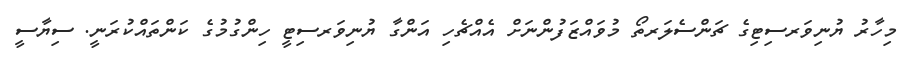
މިހާރު ޔުނިވަރސިޓިގެ ޗަންސެލަރތޯ މުވައްޒަފުންނަށް އެއްޗެހި އަންގާ ޔުނިވަރސިޓީ ހިންގުމުގެ ކަންތައްކުރަނީ. ސިޔާސީ